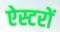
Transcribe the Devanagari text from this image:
ऐस्टरों